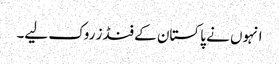
انہوں نے پاکستان کے فنڈز روک لیے۔